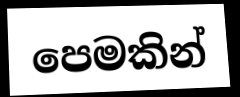
පෙමකින්